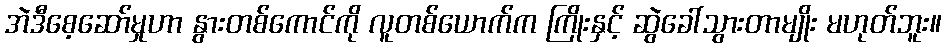
အဲဒီစေ့ဆော်မှုဟာ နွားတစ်ကောင်ကို လူတစ်ယောက်က ကြိုးနှင့် ဆွဲခေါ်သွားတာမျိုး မဟုတ်ဘူး။